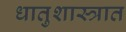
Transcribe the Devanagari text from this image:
धातुशास्त्रात